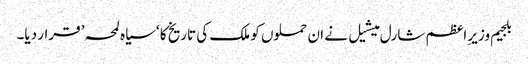
بلجیم وزیرِ اعظم شارل میشیل نے ان حملوں کو ملک کی تاریخ کا ‘سیاہ لمحہ’ قرار دیا۔